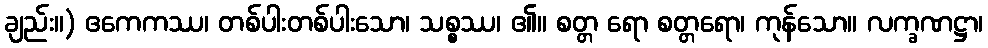
ချည်း။) ဧကေကဿ၊ တစ်ပါးတစ်ပါးသော၊ သစ္စဿ၊ ၏။ စတ္တ ရော စတ္တရော၊ ကုန်သော။ လက္ခဏဋ္ဌာ၊